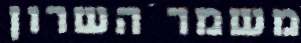
משמר השרון